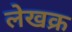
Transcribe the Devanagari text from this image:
लेखक्र